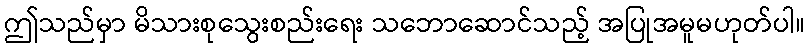
ဤသည်မှာ မိသားစုသွေးစည်းရေး သဘောဆောင်သည့် အပြုအမူမဟုတ်ပါ။